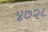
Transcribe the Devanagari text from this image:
४७२८